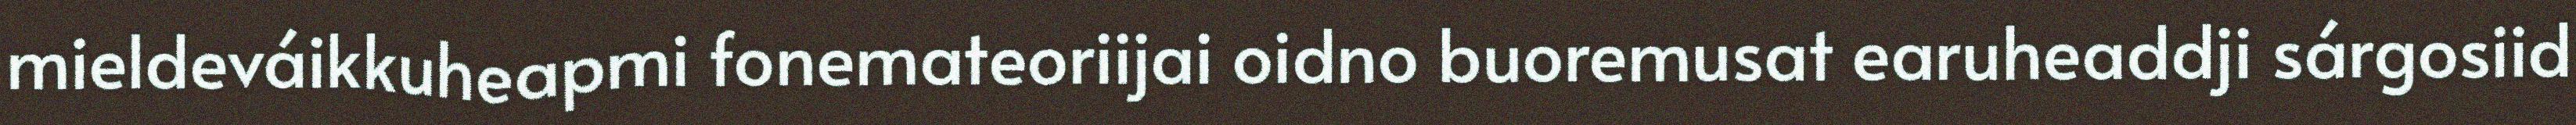
mieldeváikkuheapmi fonemateoriijai oidno buoremusat earuheaddji sárgosiid